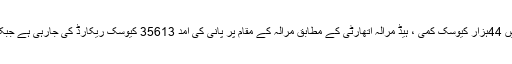
24 جون2018ء) ہیڈ مرالہ کے مقام پر پانی کی آمد میں 44ہزار کیوسک کمی ، ہیڈ مرالہ اتھارٹی کے مطابق مرالہ کے مقام پر پانی کی آمد 35613 کیوسک ریکارڈ کی جارہی ہے جبکہ ہیڈ خانکی کیلئی7738کیوسک پانی چھوڑا جارہاہے۔